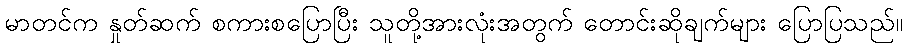
မာတင်က နှုတ်ဆက် စကားစပြောပြီး သူတို့အားလုံးအတွက် တောင်းဆိုချက်များ ပြောပြသည်။